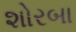
શોરબા